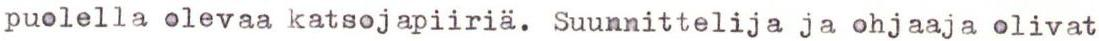
puolella olevaa katsojapiiriä. Suunnittelija ja ohjaaja olivat